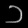
Digit: ၁